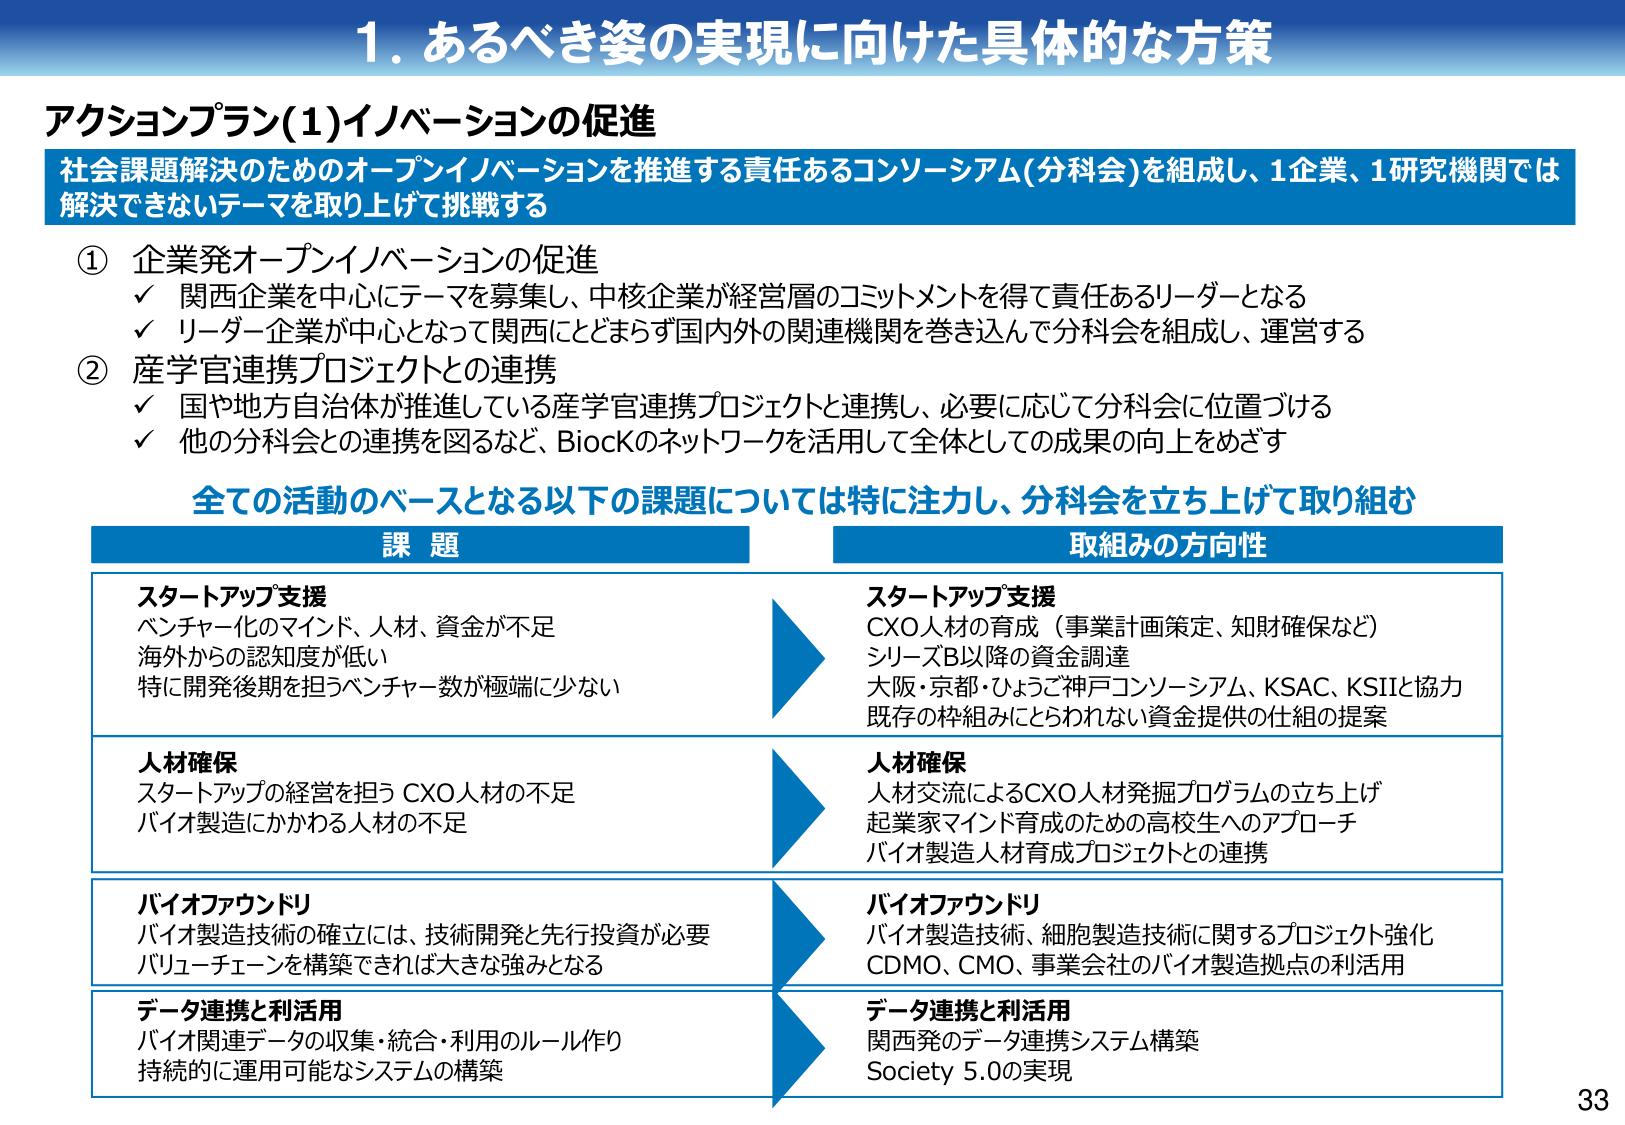
1. あるべき姿の実現に向けた具体的な方策

アクションプラン(1)イノベーションの促進

社会課題解決のためのオープンイノベーションを推進する責任あるコンソーシアム(分科会)を組成し、1企業、1研究機関では解決できないテーマを取り上げて挑戦する

① 企業発オープンイノベーションの促進
✓ 関西企業を中心にテーマを募集し、中核企業が経営層のコミットメントを得て責任あるリーダーとなる
✓ リーダー企業が中心となって関西にとどまらず国内外の関連機関を巻き込んで分科会を組成し、運営する

② 産学官連携プロジェクトとの連携
✓ 国や地方自治体が推進している産学官連携プロジェクトと連携し、必要に応じて分科会に位置づける
✓ 他の分科会との連携を図るなど、BiocKのネットワークを活用して全体としての成果の向上をめざす

全ての活動のベースとなる以下の課題については特に注力し、分科会を立ち上げて取り組む

課題